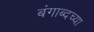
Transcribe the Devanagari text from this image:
बंगाब्दच्या